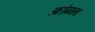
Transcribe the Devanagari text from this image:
आरोग्‍यता